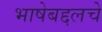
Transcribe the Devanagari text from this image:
भाषेबद्दलचे